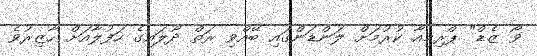
ވޯ ޒެޑް" ޕްރިމިއާ ކުރުމަށް ލަންޑަންގައި ބޭއްވި ރަތް ދޫލައިގެ ހަފުލާއަށް ހާޒިރުވެ